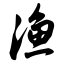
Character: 渔